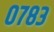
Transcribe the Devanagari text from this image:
०७८३